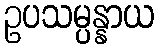
ဥပသမ္ပန္နာယ